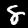
Label: 8